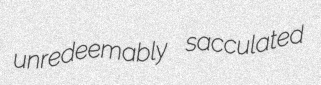
unredeemably sacculated